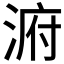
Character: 𱧀